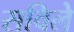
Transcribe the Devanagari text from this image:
सविले